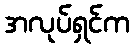
အလုပ်ရှင်က